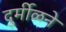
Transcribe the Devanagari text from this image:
दुर्मीळने